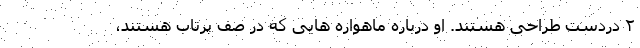
۲ دردست طراحی هستند. او درباره ماهواره هایی که در صف پرتاب هستند،